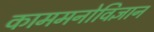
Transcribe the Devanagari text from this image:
काममनोविज्ञान